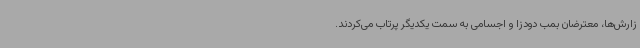
زارش‌ها، معترضان بمب دودزا و اجسامی به سمت یکدیگر پرتاب می‌کردند.